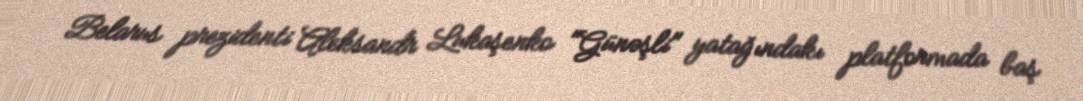
Belarus prezidenti Aleksandr Lukaşenko "Günəşli" yatağındakı platformada baş